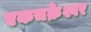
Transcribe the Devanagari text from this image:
एकचक्रेश्वर